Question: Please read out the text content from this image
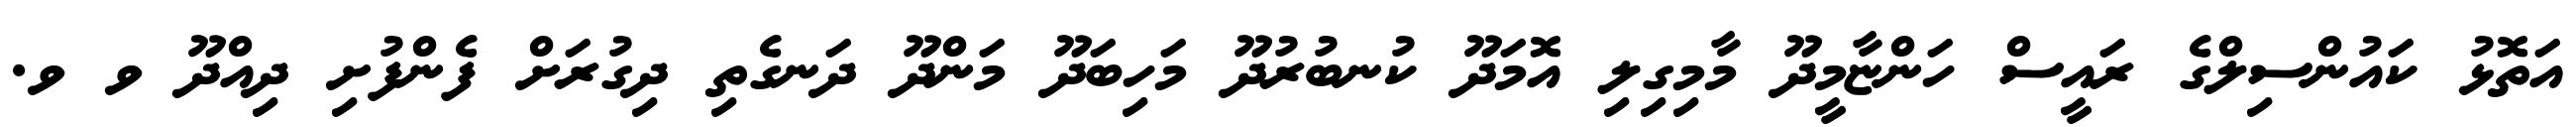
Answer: އަތޮޅު ކައުންސިލްގެ ރައީސް ހަންޏާމީދޫ މާމިގިލި އޮމަދޫ ކުނބުރުދޫ މަހިބަދޫ މަންދޫ ދަނގެތި ދިގުރަށް ފެންފުށި ދިއްދޫ ވ ވ.